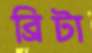
ব্রিটা